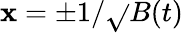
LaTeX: \mathbf{x}=\pm{1}/{\sqrt{}{{B(t)}}}